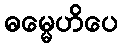
ဓမ္မေဟိပေ